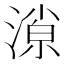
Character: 𣼓